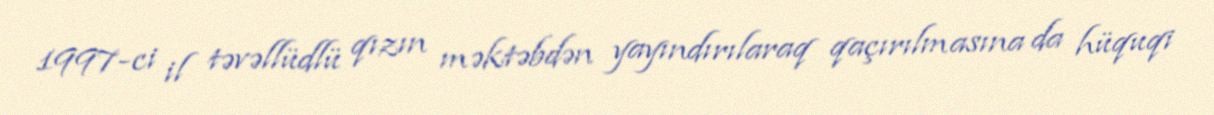
1997-ci il təvəllüdlü qızın məktəbdən yayındırılaraq qaçırılmasına da hüquqi